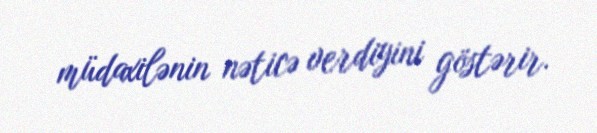
müdaxilənin nəticə verdiyini göstərir.